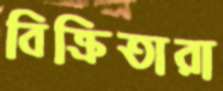
বিক্রিতারা